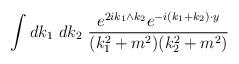
LaTeX: \begin{align*}\int dk_1\ dk_2\ \frac{e^{2ik_1\wedge k_2}e^{-i(k_1+k_2)\cdot y}}{(k_1^2+m^2)(k_2^2+m^2)}\end{align*}